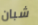
شبان